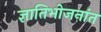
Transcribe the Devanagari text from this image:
ज्ञातिभोजनांत